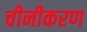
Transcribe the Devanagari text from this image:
चीनीकरण